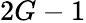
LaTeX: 2G-1